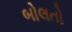
બોલતો